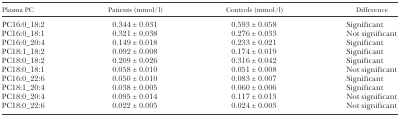
| Plasma PC | Patients (mmol/l) | Controls (mmol/l) | Difference |
 | --- | --- | --- | --- |
 | PC16:0_18:2 | 0.344 ± 0.031 | 0.593 ± 0.058 | Significant |
 | PC16:0_18:1 | 0.321 ± 0.038 | 0.276 ± 0.033 | Not significant |
 | PC16:0_20:4 | 0.149 ± 0.018 | 0.233 ± 0.021 | Significant |
 | PC18:1_18:2 | 0.092 ± 0.008 | 0.174 ± 0.019 | Significant |
 | PC18:0_18:2 | 0.209 ± 0.026 | 0.316 ± 0.042 | Significant |
 | PC18:0_18:1 | 0.058 ± 0.010 | 0.051 ± 0.008 | Not significant |
 | PC16:0_22:6 | 0.050 ± 0.010 | 0.083 ± 0.007 | Significant |
 | PC18:1_20:4 | 0.038 ± 0.005 | 0.060 ± 0.006 | Significant |
 | PC18:0_20:4 | 0.095 ± 0.014 | 0.117 ± 0.013 | Not significant |
 | PC18:0_22:6 | 0.022 ± 0.005 | 0.024 ± 0.003 | Not significant |